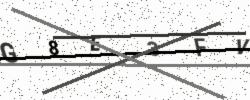
Text: G8E3FV